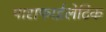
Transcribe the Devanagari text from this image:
पाराफाईलेटिक